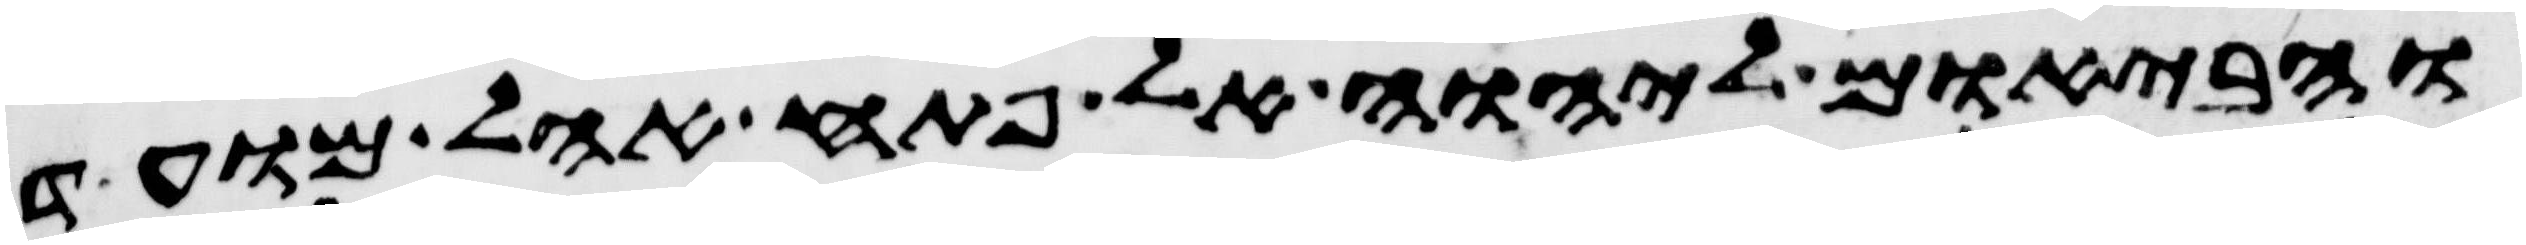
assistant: והבאום ליהוה אל פתח אהל מועד